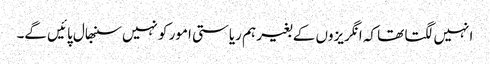
انہیں لگتا تھا کہ انگریزوں کے بغیر ہم ریاستی امور کو نہیں سنبھال پائیں گے۔